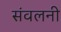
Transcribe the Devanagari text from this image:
संवलनी